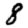
Digit: 8